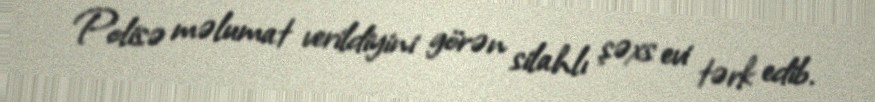
Polisə məlumat verildiyini görən silahlı şəxs evi tərk edib.